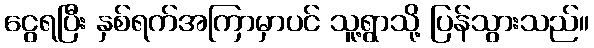
ငွေရပြီး နှစ်ရက်အကြာမှာပင် သူ့ရွာသို့ ပြန်သွားသည်။